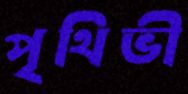
পৃথিভী